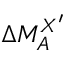
\Delta M _ { A } ^ { X ^ { \prime } }